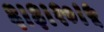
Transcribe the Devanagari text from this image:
६।३।१०।५